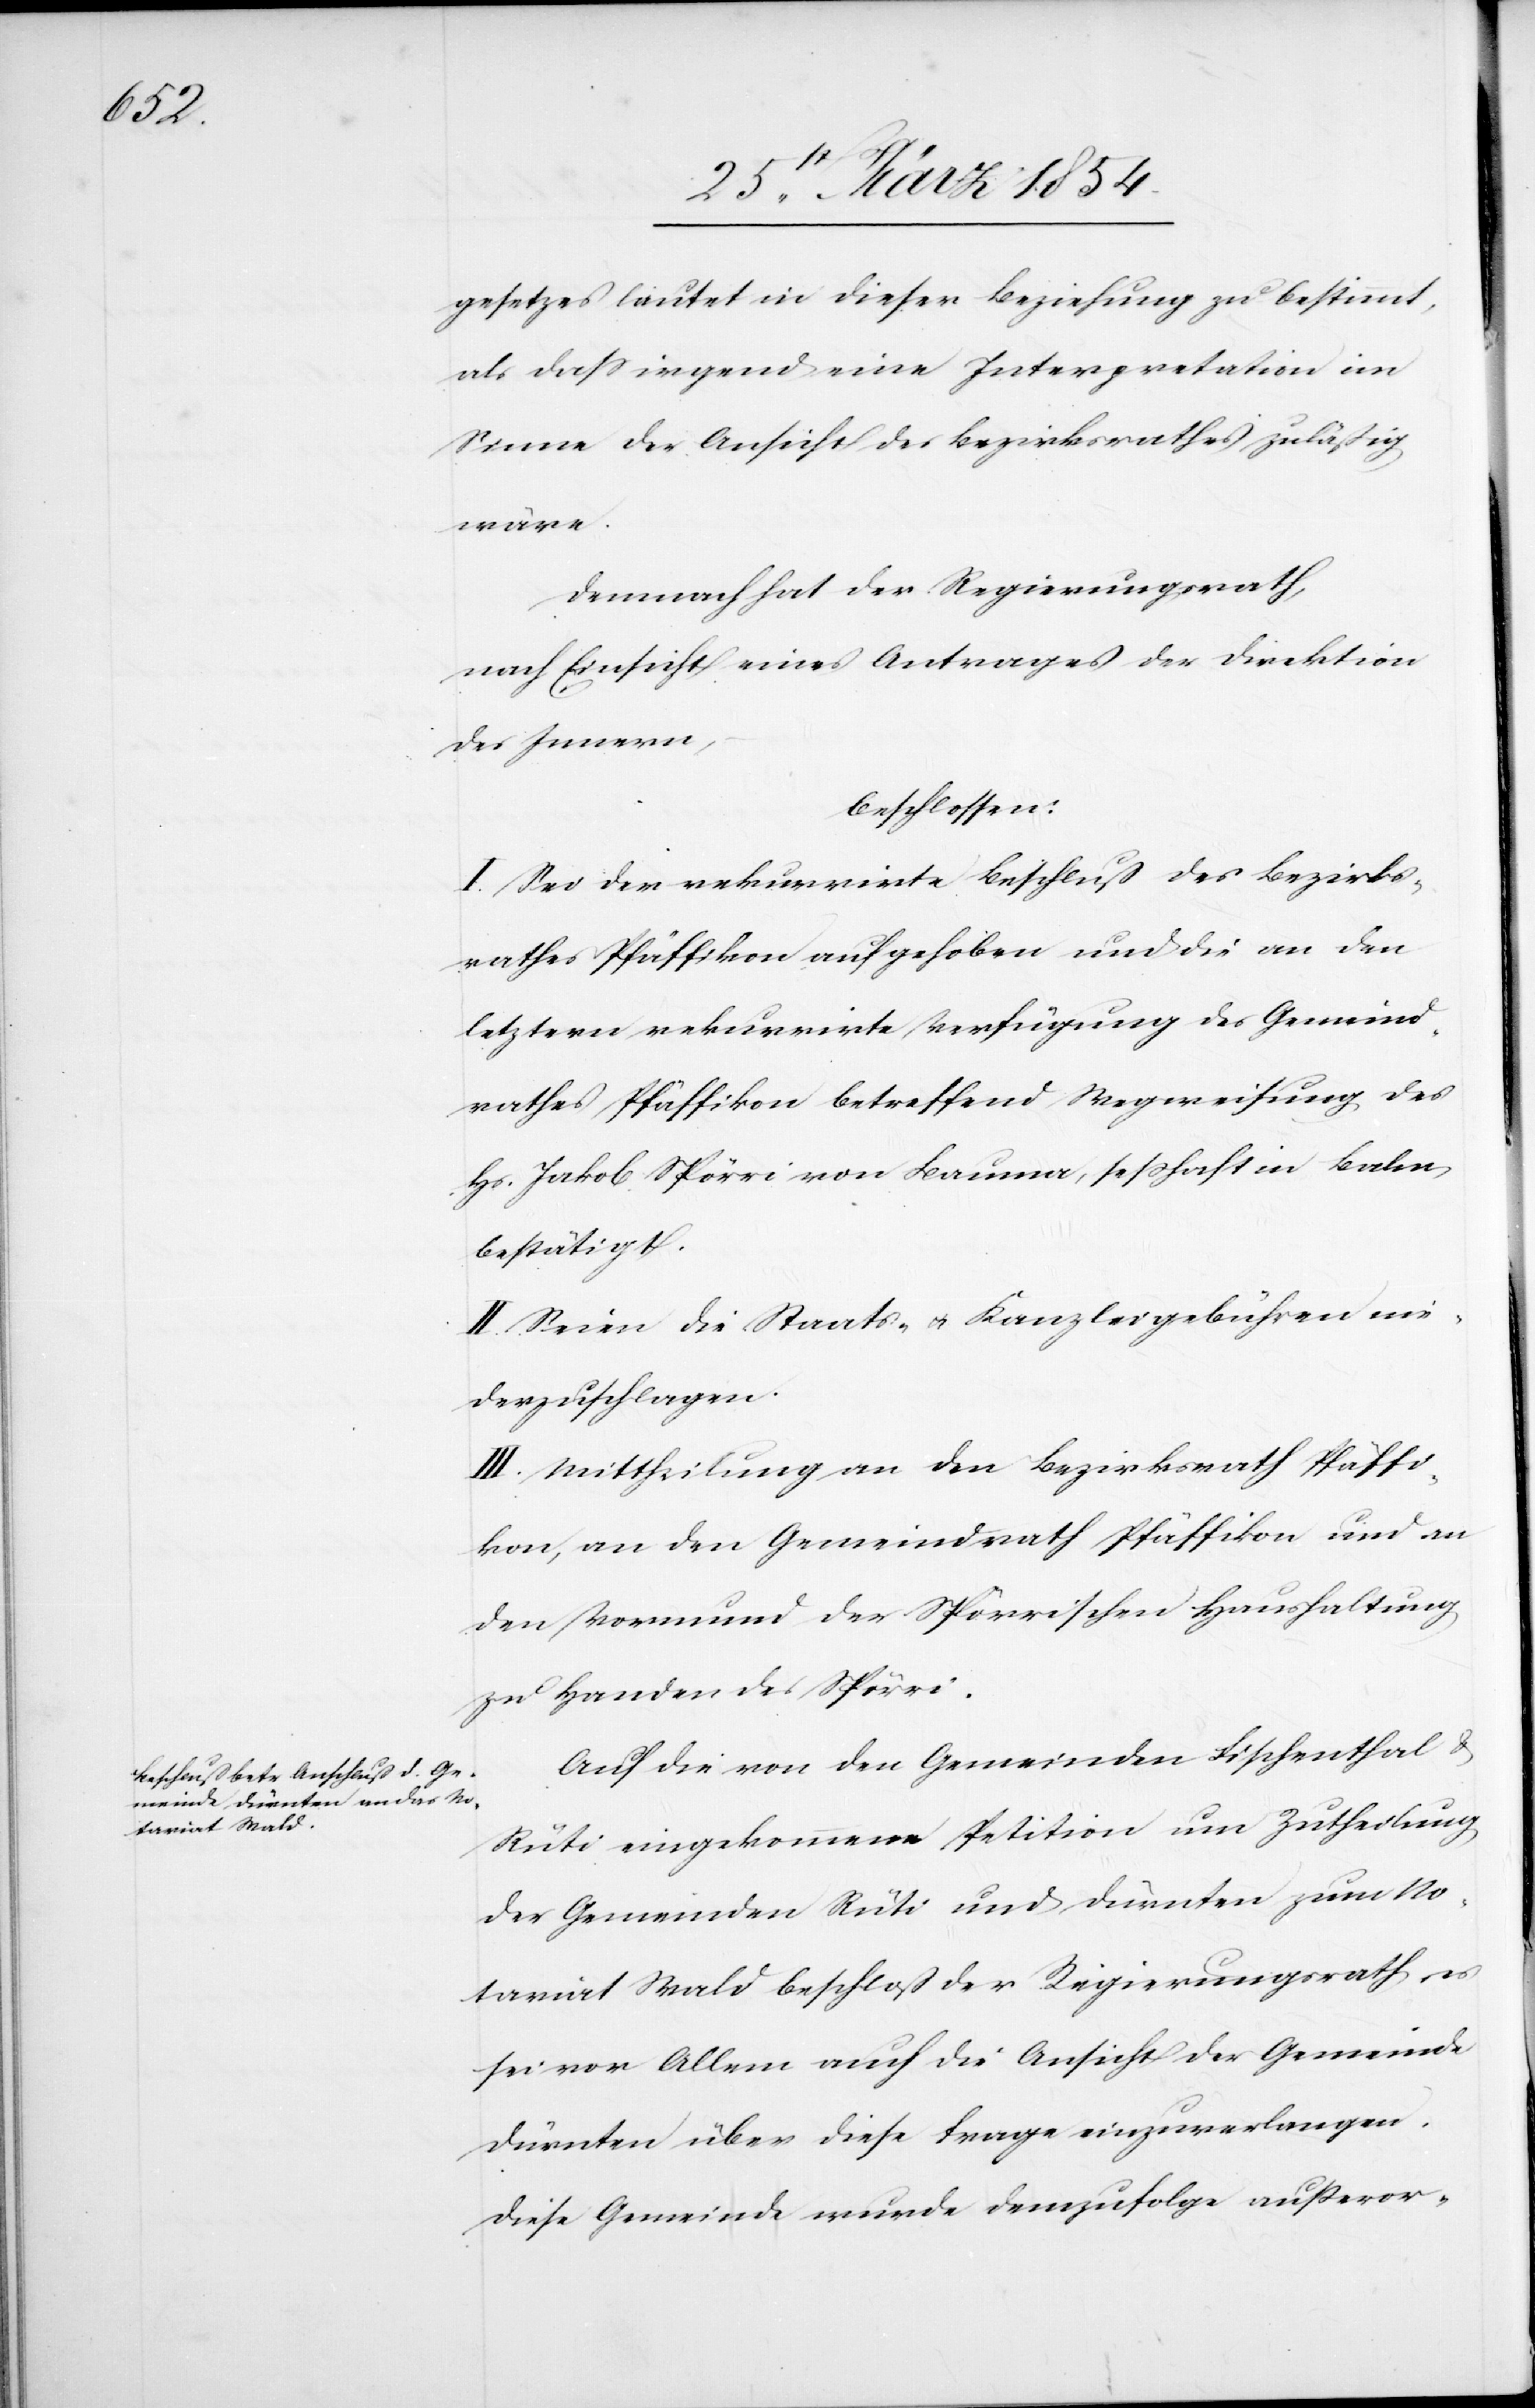
gesetzes lautet in dieser Beziehung zu bestimmt,
als daß irgend eine Interpretation im
Sinne der Ansicht des Bezirksrathes zuläßig
wäre.
Demnach hat der Regierungsrath,
nach Einsicht eines Antrages der Direktion
des Innern,
beschlossen:
I. Sei der rekurrirte Beschluß des Bezirks¬
rathes Pfäffikon aufgehoben und die an den
letztern rekurrirte Verfügung des Gemeind¬
rathes Pfäffikon betreffend Wegweisung des
Hs. Jakob Spörri von Bauma, seßhaft in Balm,
bestätigt.
II. Seien die Staats- & Kanzleigebühren nie¬
derzuschlagen.
III. Mittheilung an den Bezirksrath Pfäffi¬
kon, an den Gemeindrath Pfäffikon und an
den Vormund der Spörrischen Haushaltung
zu Handen des Spörri.
Auf die von den Gemeinden Fischenthal &
Rüti eingekommene Petition um Zutheilung
der Gemeinden Rüti und Dürnten zum No¬
tariat Wald beschloß der Regierungsrath es
sei vor Allem auch die Ansicht der Gemeinde
Dürnten über diese Frage einzuverlangen.
Diese Gemeinde wurde demzufolge außeror-